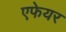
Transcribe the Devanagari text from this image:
एफेयर